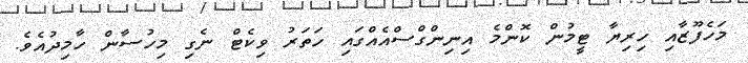
މަހެފޫޒާއި ހިރިޔާ ޓީމުން ކޮންމެ އިނިންގްސްއެއްގައި ހަތަރު ވިކެޓް ނެގި މިހުސާން ހާމިދުއެވެ.